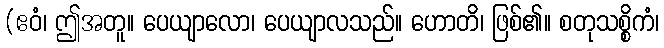
(ဧဝံ၊ ဤအတူ။ ပေယျာလော၊ ပေယျာလသည်။ ဟောတိ၊ ဖြစ်၏။ စတုသစ္စိကံ၊